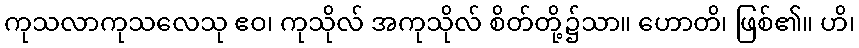
ကုသလာကုသလေသု ဧဝ၊ ကုသိုလ် အကုသိုလ် စိတ်တို့၌သာ။ ဟောတိ၊ ဖြစ်၏။ ဟိ၊